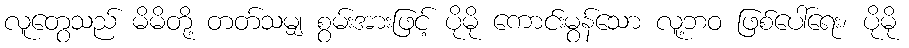
လူတွေသည် မိမိတို့ တတ်သမျှ စွမ်းအားဖြင့် ပိုမို ကောင်းမွန်သော လူ့ဘဝ ဖြစ်ပေါ်ရေး၊ ပိုမို